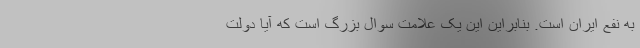
به نفع ایران است. بنابراین این یک علامت سوال بزرگ است که آیا دولت